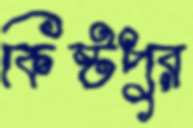
কিষ্টপুর